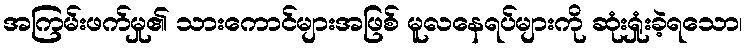
အကြမ်းဖက်မှု၏ သားကောင်များအဖြစ် မူလနေရပ်များကို ဆုံးရှုံးခဲ့ရသော၊